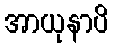
အာယုနာပိ